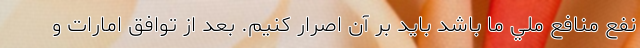
نفع منافع ملي ما باشد بايد بر آن اصرار کنيم. بعد از توافق امارات و